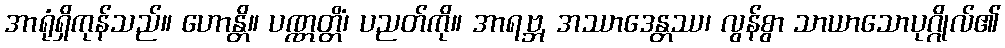
အာရုံရှိကုန်သည်။ ဟောန္တိ။ ပဏ္ဏတ္တိံ၊ ပညတ်ကို။ အာရဗ္ဘ, အဿာဒေန္တဿ၊ လွန်စွာ သာယာသောပုဂ္ဂိုလ်၏